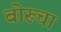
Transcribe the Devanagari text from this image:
बोरूचा